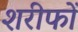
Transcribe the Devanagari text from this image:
शरीफों